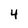
Character: 4